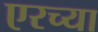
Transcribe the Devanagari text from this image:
एरच्या